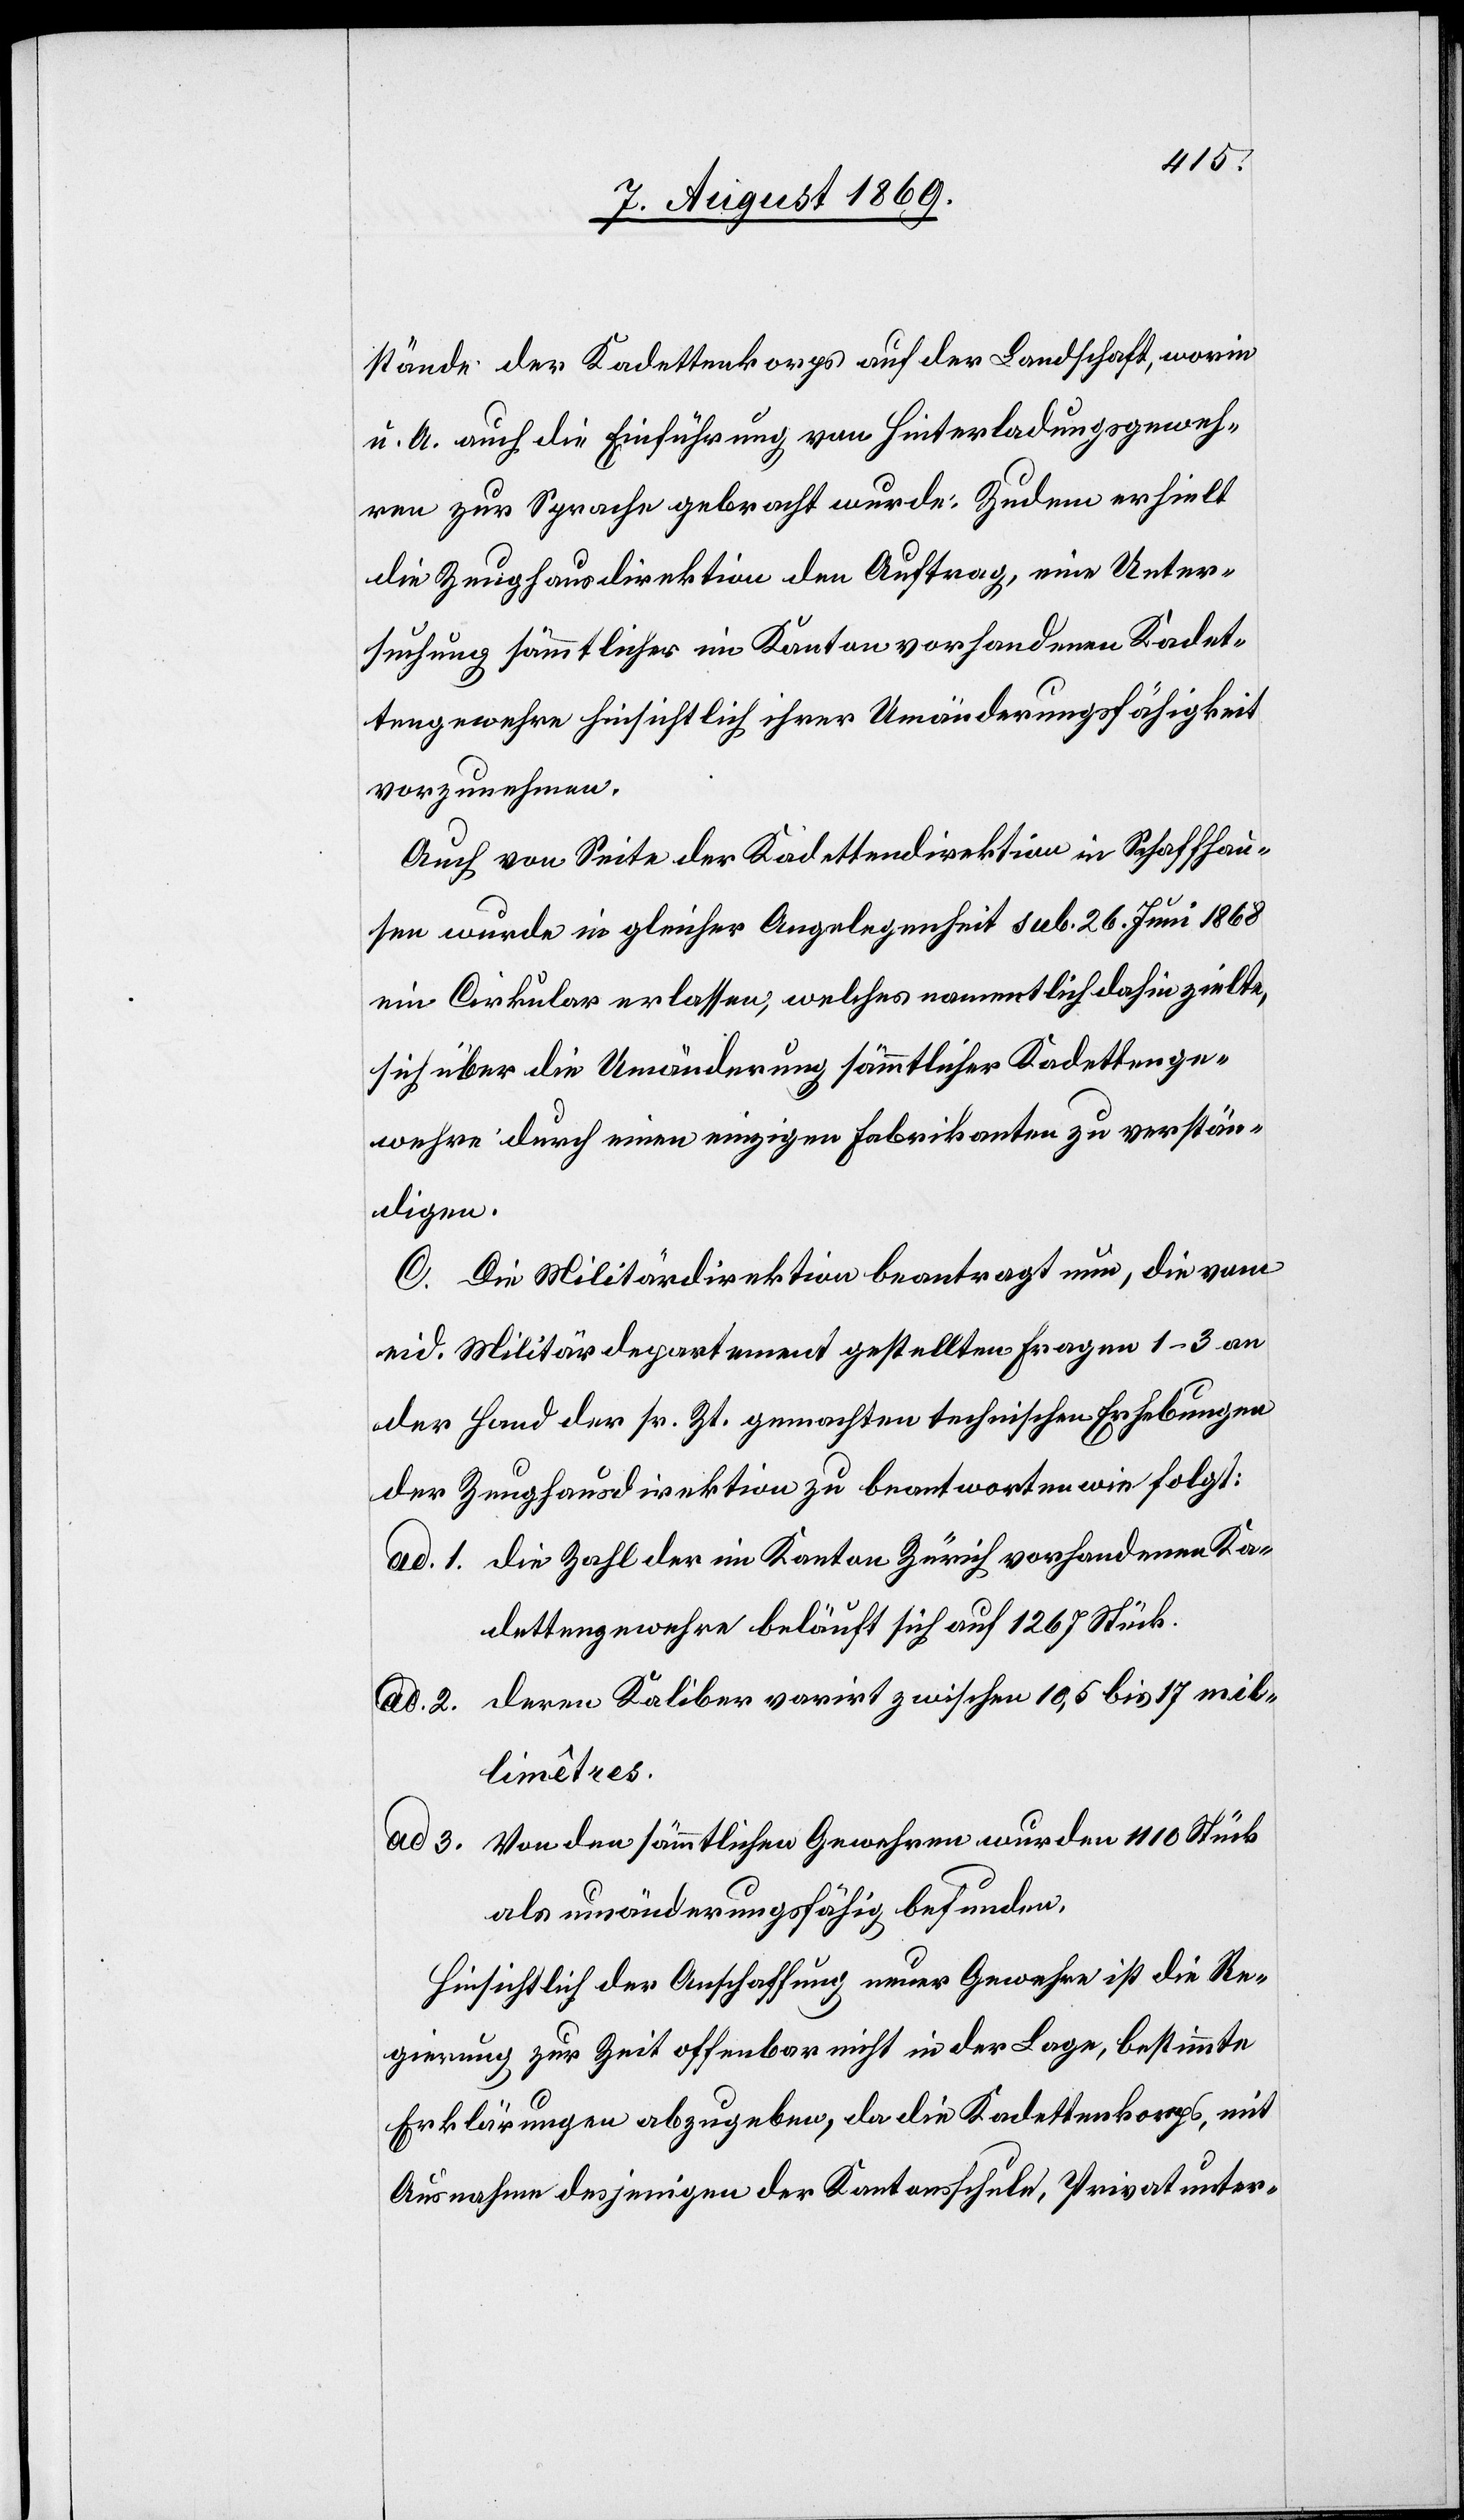
stände der Kadettenkorps auf der Landschaft, worin
u. A. auch die Einführung von Hinterladungsgeweh¬
ren zur Sprache gebracht wurde: Zudem erhielt
die Zeughausdirektion den Auftrag, eine Unter¬
suchung sämmtlicher im Kanton vorhandener Kadet¬
tengewehre hinsichtlich ihrer Umänderungsfähigkeit
vorzunehmen.
Auch von Seite der Kadettendirektion in Schaffhau¬
sen wurde in gleicher Angelegenheit sub. 26. Juni 1868
ein Cirkular erlassen, welches namentlich dahin zielte,
sich über die Umänderung sämmtlicher Kadettenge¬
wehre durch einen einzigen Fabrikanten zu verstän¬
digen.
C. Die Militärdirektion beantragt nun, die vom
eid. Militärdepartement gestellten Fragen 1–3 an
der Hand der sr. Zt. gemachten technischen Erhebungen
der Zeughausdirektion zu beantworten wie folgt:
ad 1. Die Zahl der im Kanton Zürich vorhandenen Ka¬
dettengewehre beläuft sich auf 1 267 Stück.
ad 2. Deren Kaliber varirt zwischen 10,5 bis 17 mil¬
limêtres.
ad 3. Von den sämmtlichen Gewehren wurden 110 Stück
als unveränderungsfähig befunden.
Hinsichtlich der Anschaffung neuer Gewehre ist die Re¬
gierung zur Zeit offenbar nicht in der Lage, bestimmte
Erklärungen abzugeben, da die Kadettenkorps, mit
Ausnahme desjenigen der Kantonsschule, Privatunter-